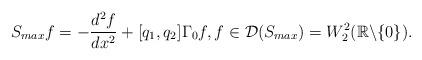
LaTeX: \begin{align*}S_{max}f=-\frac{d^2f}{dx^2}+[q_1,q_2]\Gamma_0f, {f}\in\mathcal{D}(S_{max})={W}_2^2(\mathbb{R}\backslash\{0\}).\end{align*}